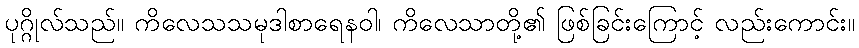
ပုဂ္ဂိုလ်သည်။ ကိလေသသမုဒါစာရေနဝါ၊ ကိလေသာတို့၏ ဖြစ်ခြင်းကြောင့် လည်းကောင်း။